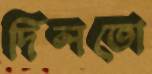
দিলতো